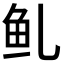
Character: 𱇍